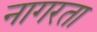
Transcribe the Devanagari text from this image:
नागरता